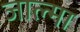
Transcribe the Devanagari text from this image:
जाल्मा